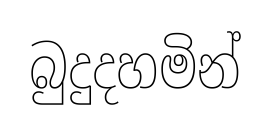
බුදුදහමින්